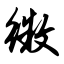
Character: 徽